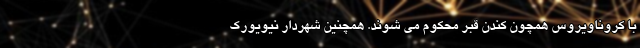
با کروناویروس همچون کندن قبر محکوم می شوند. همچنین شهردار نیویورک